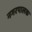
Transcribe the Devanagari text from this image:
नगरपालक